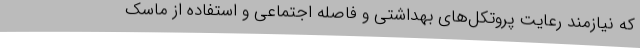
که نیازمند رعایت پروتکل‌های بهداشتی و فاصله اجتماعی و استفاده از ماسک